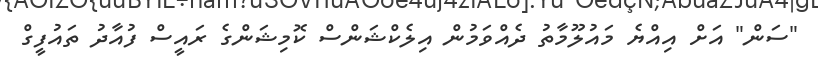
"ސަން" އަށް އިއްޔެ މައުލޫމާތު ދެއްވަމުން އިލެކްޝަންސް ކޮމިޝަންގެ ރައީސް ފުއާދު ތައުފީގް